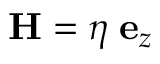
{ \bf H } = \eta \; { \bf e } _ { z }